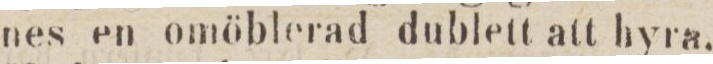
nes en omöblerad dublett att hyra.